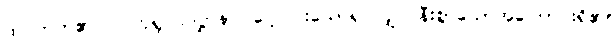
ထင်တတ်၏။ လဟုရူပပဒဋ္ဌာနာ၊ ပေါ့ ပါးသောရုပ်လျှင် နီးစွာသောအကြောင်းရှိ၏။